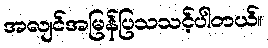
အလျင်အမြန်ပြသသင့်ပါတယ်။